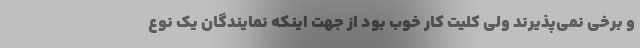
و برخی نمی‌پذیرند ولی کلیت کار خوب بود از جهت اینکه نمایندگان یک نوع